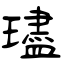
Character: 璶